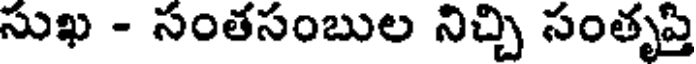
సుఖ - సంతసంబుల నిచ్చి సంతృప్తి